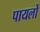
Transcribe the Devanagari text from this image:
पायलों